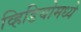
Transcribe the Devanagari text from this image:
व्हिडियोमध्ये